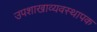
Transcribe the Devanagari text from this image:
उपशाखाव्यवस्थापक